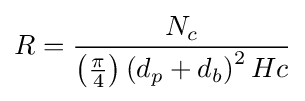
R={\frac {N_{c}}{\left({\tfrac {\pi }{4}}\right)\left(d_{p}+d_{b}\right)^{2}Hc}}